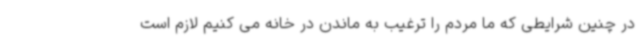
در چنین شرایطی که ما مردم را ترغیب به ماندن در خانه می کنیم لازم است